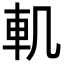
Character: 䡄